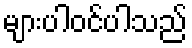
များပါဝင်ပါသည်